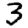
Digit: 3